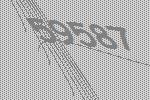
59587